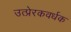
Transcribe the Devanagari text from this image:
उत्प्रेरकवर्धक